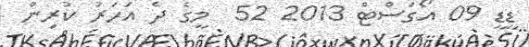
ޑީޑީ 09 އޯގަސްޓް 2013 52  މީގެ ދެ އަހަރު ކުރިން